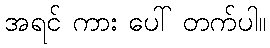
အရင် ကား ပေါ် တက်ပါ။